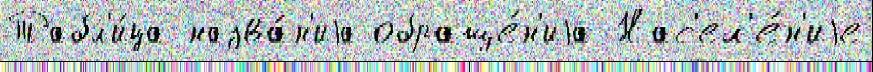
Табл'и́ца назва́н'иjа обраще́н'иjа Нас'ел'е́н'иjе